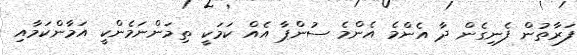
ފަރާތުން ފެނިގެން ދާ އެންމެ އެންމެ ސުންޕާ އެއް ކަމަކީ ތިމަންނަމެންކީ އަމާންކަމާއި